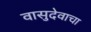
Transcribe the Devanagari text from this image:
वासुदेवाचा